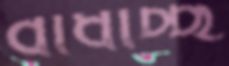
বাঁধাচ্ছ